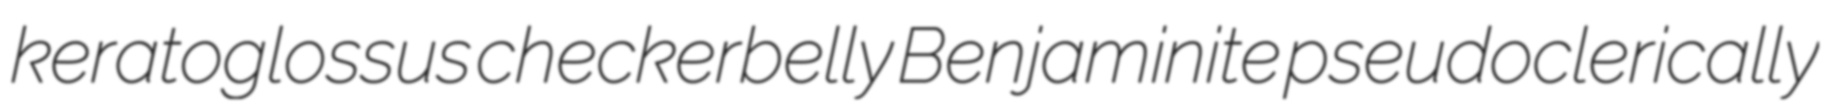
keratoglossus checkerbelly Benjaminite pseudoclerically